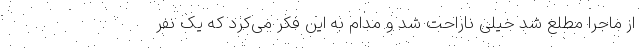
از ماجرا مطلع شد خیلی ناراحت شد و مدام به این فکر می‌کرد که یک نفر